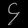
Digit: ၄